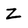
Character: Z